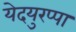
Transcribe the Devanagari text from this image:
येदयुरप्पा